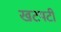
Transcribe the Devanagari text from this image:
खटपटी